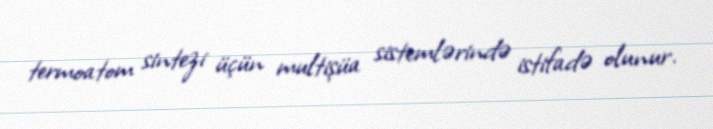
termoatom sintezi üçün multişüa sistemlərində istifadə olunur.